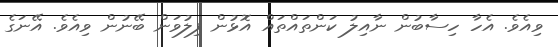
ވިއެވެ. އެހާ ހިސާބުން ނާއިލު ކަންތައްތައް އޮޅުން ފިލުވަން ބޭނުން ވިއެވެ. އޭނަގެ